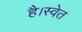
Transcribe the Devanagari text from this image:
है।स्वेत